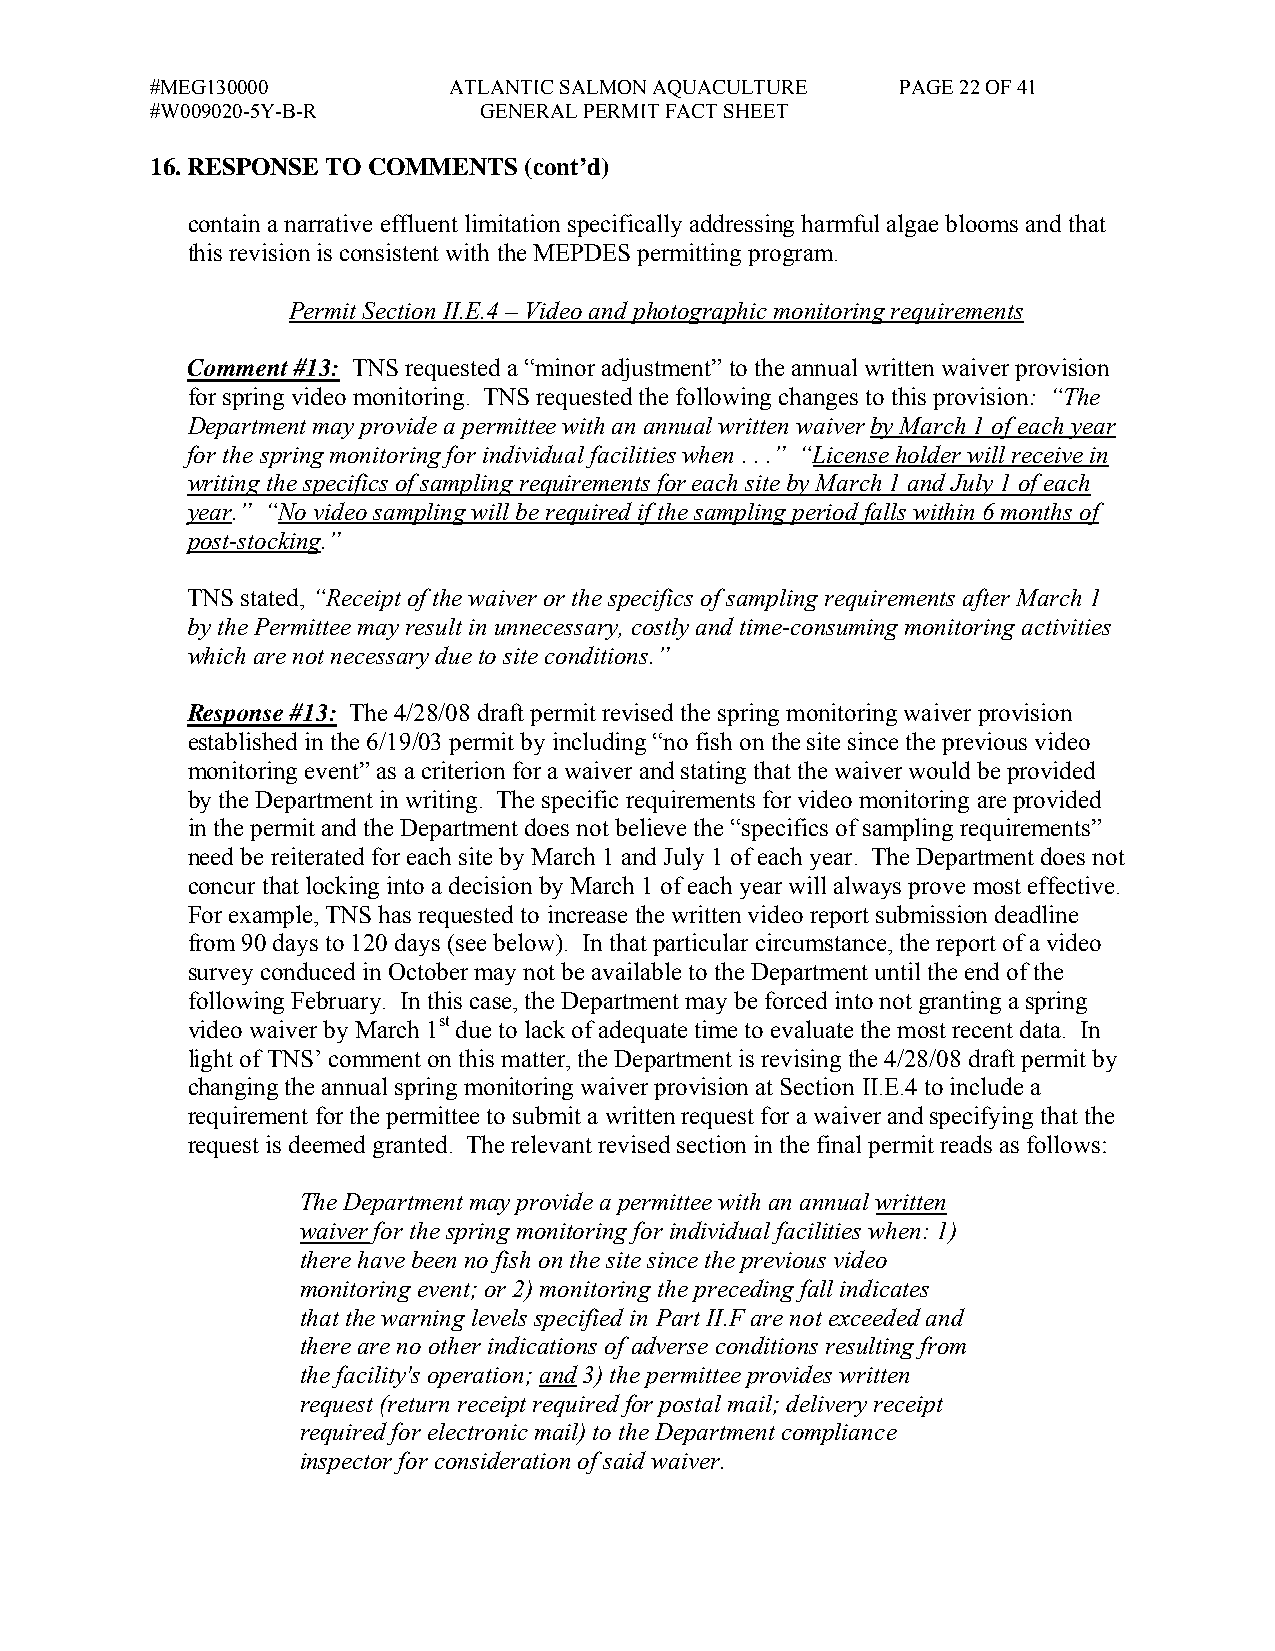
#MEG130000          ATLANTIC SALMON AQUACULTURE   PAGE 22 OF 41
 #W009020-5Y-B-R       GENERAL PERMIT FACT SHEET
 16. RESPONSE TO COMMENTS (cont’d)
 contain a narrative effluent limitation specifically addressing harmful algae blooms and that
 this revision is consistent with the MEPDES permitting program.
 Permit Section II.E.4 – Video and photographic monitoring requirements
 Comment #13: TNS requested a “minor adjustment” to the annual written waiver provision
 for spring video monitoring. TNS requested the following changes to this provision: “The
 Department may provide a permittee with an annual written waiver by March 1 of each year
 for the spring monitoring for individual facilities when . . .” “License holder will receive in
 writing the specifics of sampling requirements for each site by March 1 and July 1 of each
 year.” “No video sampling will be required if the sampling period falls within 6 months of
 post-stocking.”
 TNS stated, “Receipt of the waiver or the specifics of sampling requirements after March 1
 by the Permittee may result in unnecessary, costly and time-consuming monitoring activities
 which are not necessary due to site conditions.”
 Response #13: The 4/28/08 draft permit revised the spring monitoring waiver provision
 established in the 6/19/03 permit by including “no fish on the site since the previous video
 monitoring event” as a criterion for a waiver and stating that the waiver would be provided
 by the Department in writing. The specific requirements for video monitoring are provided
 in the permit and the Department does not believe the “specifics of sampling requirements”
 need be reiterated for each site by March 1 and July 1 of each year. The Department does not
 concur that locking into a decision by March 1 of each year will always prove most effective.
 For example, TNS has requested to increase the written video report submission deadline
 from 90 days to 120 days (see below). In that particular circumstance, the report of a video
 survey conduced in October may not be available to the Department until the end of the
 following February. In this case, the Department may be forced into not granting a spring
 video waiver by March 1st due to lack of adequate time to evaluate the most recent data. In
 light of TNS’ comment on this matter, the Department is revising the 4/28/08 draft permit by
 changing the annual spring monitoring waiver provision at Section II.E.4 to include a
 requirement for the permittee to submit a written request for a waiver and specifying that the
 request is deemed granted. The relevant revised section in the final permit reads as follows:
 The Department may provide a permittee with an annual written
 waiver for the spring monitoring for individual facilities when: 1)
 there have been no fish on the site since the previous video
 monitoring event; or 2) monitoring the preceding fall indicates
 that the warning levels specified in Part II.F are not exceeded and
 there are no other indications of adverse conditions resulting from
 the facility's operation; and 3) the permittee provides written
 request (return receipt required for postal mail; delivery receipt
 required for electronic mail) to the Department compliance
 inspector for consideration of said waiver.